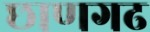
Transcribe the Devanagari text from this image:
छाणगढ